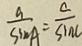
\frac { a } { \sin A } = \frac { c } { \sin C }